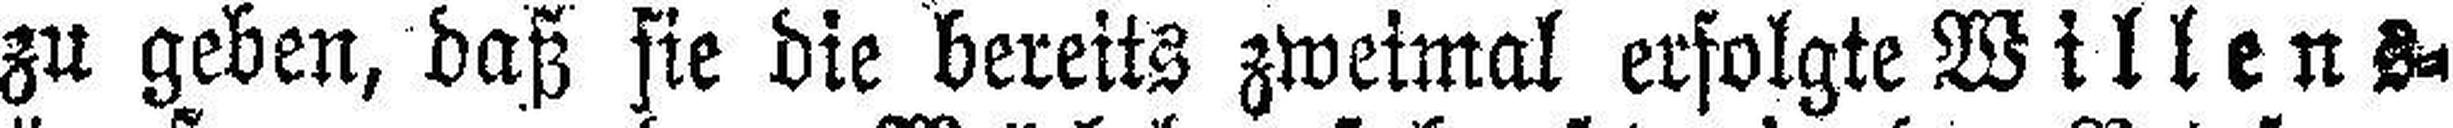
zu geben, daß sie die bereits zweimal erfolgte Willens¬